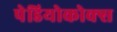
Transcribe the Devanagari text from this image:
पेडियोकोक्स